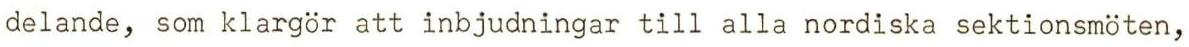
delande, som klargör att inbjudningar till alla nordiska sektionsmöten,